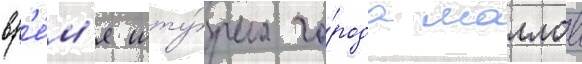
вр'е́м'я шту́рма го́рода маллов